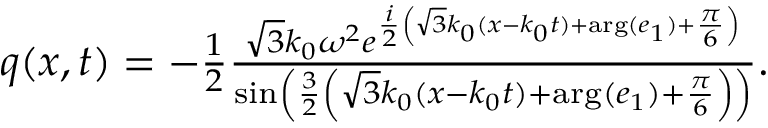
\begin{array} { r } { q ( x , t ) = - \frac { 1 } { 2 } \frac { \sqrt { 3 } k _ { 0 } \omega ^ { 2 } e ^ { \frac { i } { 2 } \left( \sqrt { 3 } k _ { 0 } ( x - k _ { 0 } t ) + \arg ( e _ { 1 } ) + \frac { \pi } { 6 } \right) } } { \sin \left( \frac { 3 } { 2 } \left( \sqrt { 3 } k _ { 0 } ( x - k _ { 0 } t ) + \arg ( e _ { 1 } ) + \frac { \pi } { 6 } \right) \right) } . } \end{array}